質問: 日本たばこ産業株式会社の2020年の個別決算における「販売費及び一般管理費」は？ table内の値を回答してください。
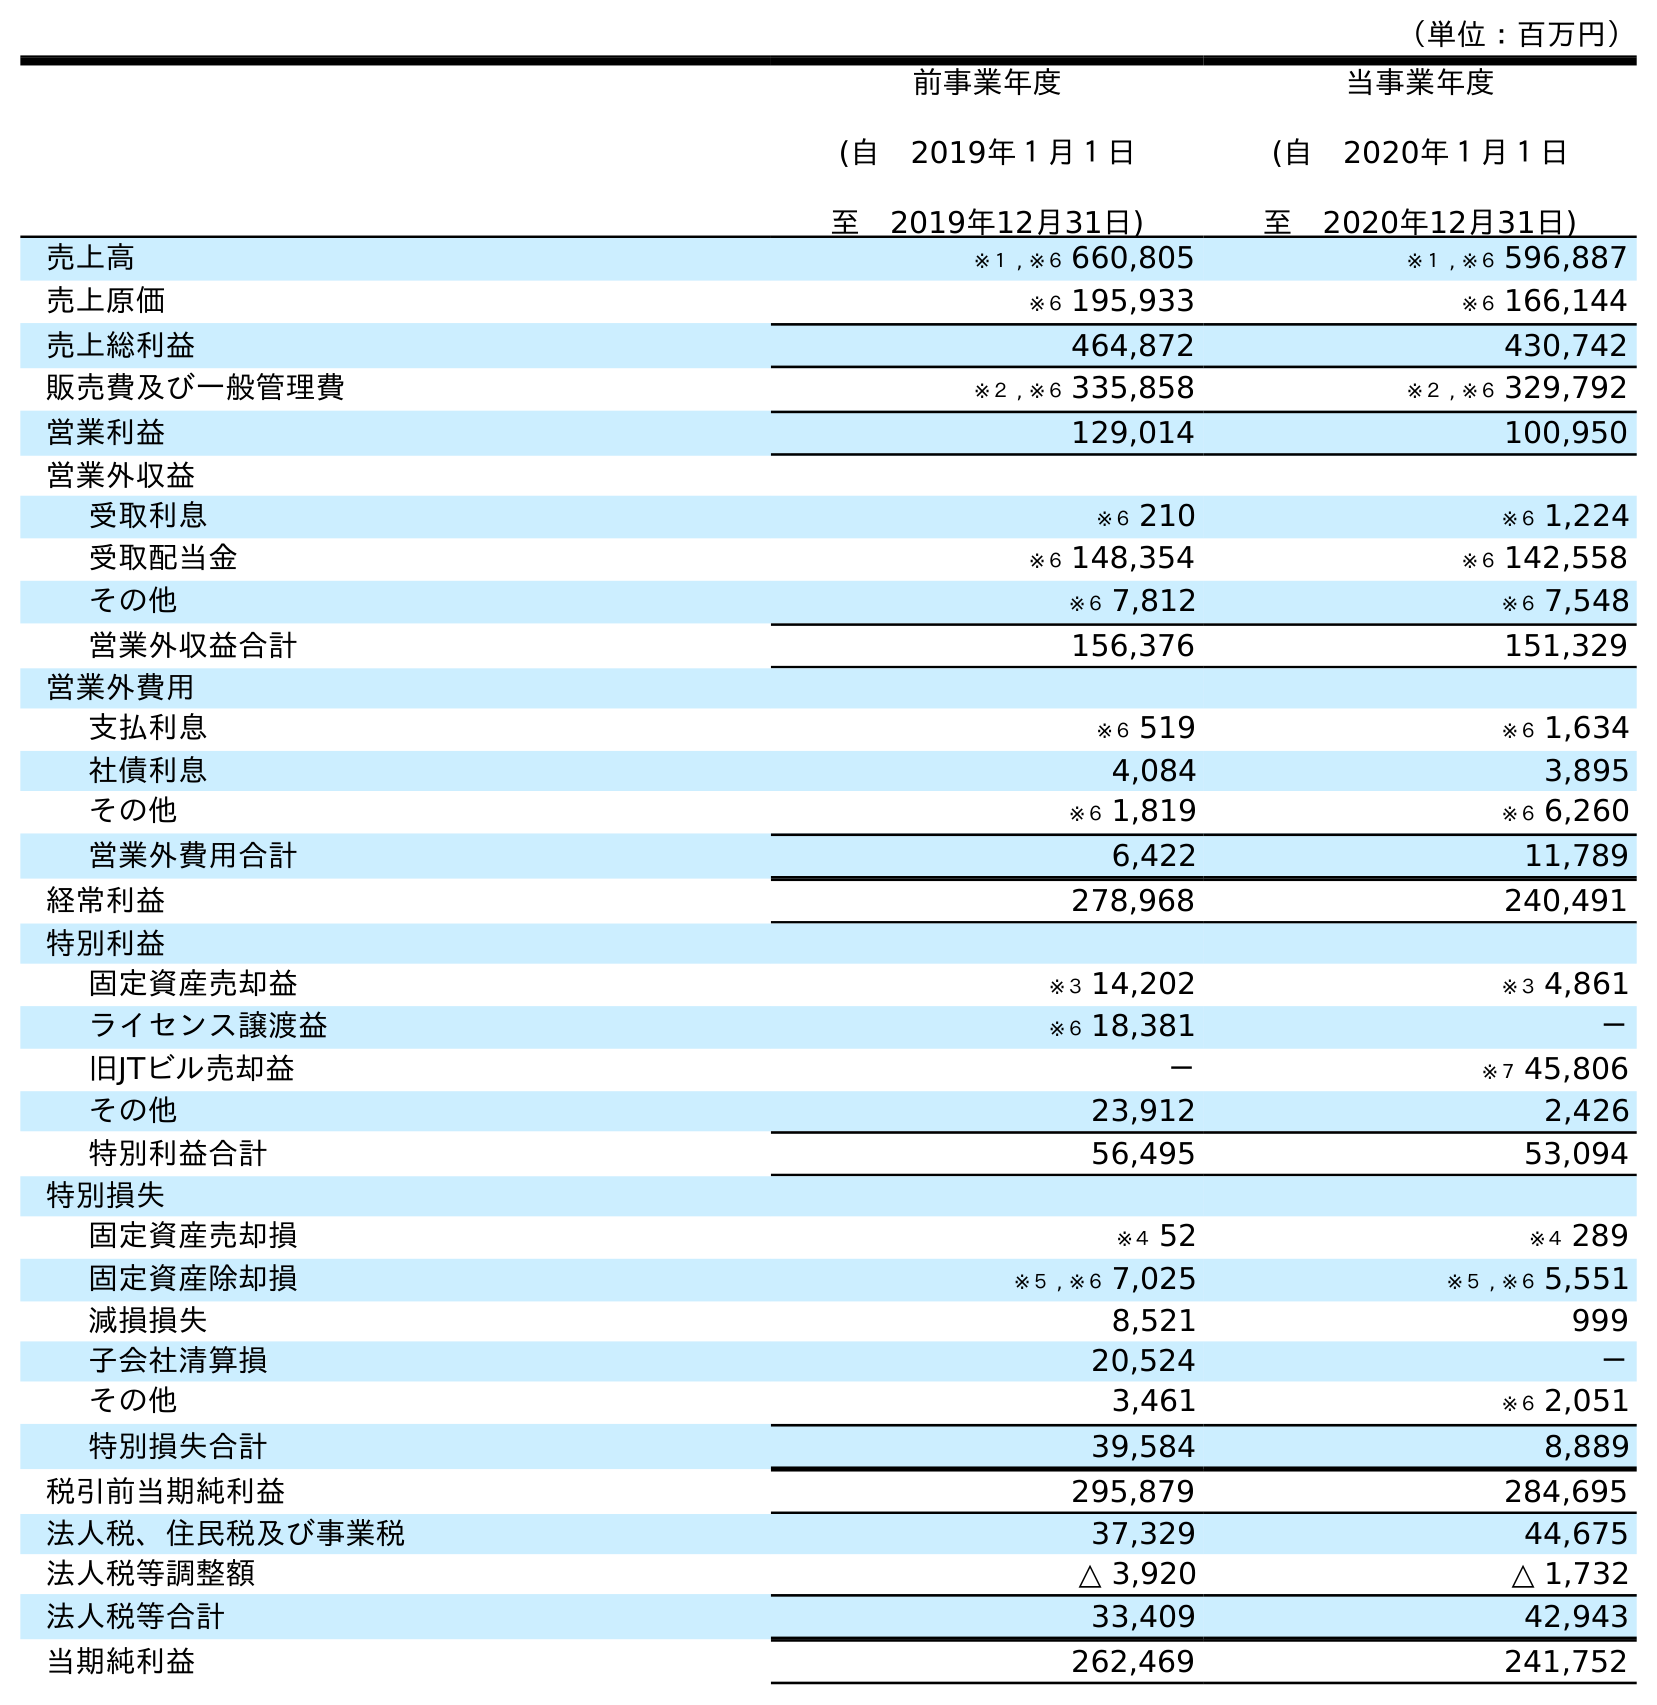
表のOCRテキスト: （単位：百万円） 前事業年度 (自 2019年１月１日 至 2019年12月31日) 当事業年度 (自 2020年１月１日 至 2020年12月31日) 売上高 ※１ , ※６ 660,805 ※１ , ※６ 596,887 売上原価 ※６ 195,933 ※６ 166,144 売上総利益 464,872 430,742 販売費及び一般管理費 ※２ , ※６ 335,858 ※２ , ※６ 329,792 営業利益 129,014 100,950 営業外収益 受取利息 ※６ 210 ※６ 1,224 受取配当金 ※６ 148,354 ※６ 142,558 その他 ※６ 7,812 ※６ 7,548 営業外収益合計 156,376 151,329 営業外費用 支払利息 ※６ 519 ※６ 1,634 社債利息 4,084 3,895 その他 ※６ 1,819 ※６ 6,260 営業外費用合計 6,422 11,789 経常利益 278,968 240,491 特別利益 固定資産売却益 ※３ 14,202 ※３ 4,861 ライセンス譲渡益 ※６ 18,381 － 旧JTビル売却益 － ※７ 45,806 その他 23,912 2,426 特別利益合計 56,495 53,094 特別損失 固定資産売却損 ※４ 52 ※４ 289 固定資産除却損 ※５ , ※６ 7,025 ※５ , ※６ 5,551 減損損失 8,521 999 子会社清算損 20,524 － その他 3,461 ※６ 2,051 特別損失合計 39,584 8,889 税引前当期純利益 295,879 284,695 法人税、住民税及び事業税 37,329 44,675 法人税等調整額 △ 3,920 △ 1,732 法人税等合計 33,409 42,943 当期純利益 262,469 241,752
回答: ※２,※６329,792